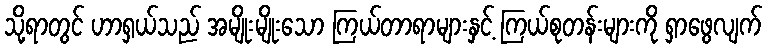
သို့ရာတွင် ဟာရှယ်သည် အမျိုးမျိုးသော ကြယ်တာရာများနှင့် ကြယ်စုတန်းများကို ရှာဖွေလျက်